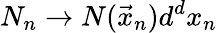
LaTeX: N_{n}\rightarrow N(\vec{x}_{n})d^{d}x_{n}